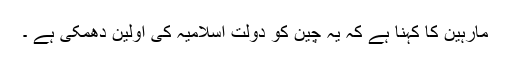
مارہین کا کہنا ہے کہ یہ چین کو دولت اسلامیہ کی اولین دھمکی ہے ۔